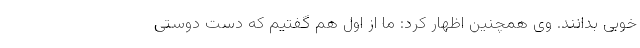
خوبی بدانند. وی همچنین اظهار کرد: ما از اول هم گفتیم که دست دوستی